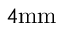
4 \mathrm { m m }